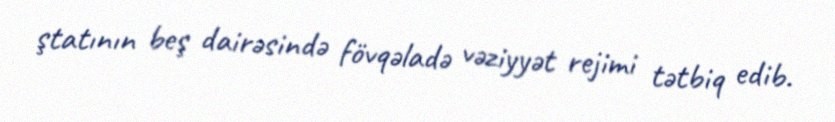
ştatının beş dairəsində fövqəladə vəziyyət rejimi tətbiq edib.